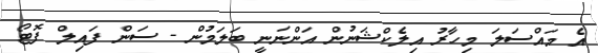
އެ މައްސަލަ މިހާރު އިލެކްޝަނުން އަންނަނީ ބަލަމުން - ސަން ފައިލް ފޮޓޯ